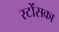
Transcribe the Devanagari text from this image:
स्टोंसका